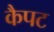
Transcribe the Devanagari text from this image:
कैपट